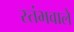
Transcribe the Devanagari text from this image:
स्तंभवाले